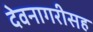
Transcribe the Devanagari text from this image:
देवनागरीसह